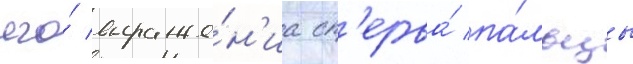
его́ выраже́н'иа сп'ерва́ па́льцы